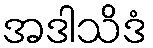
အဒါသိဒံ